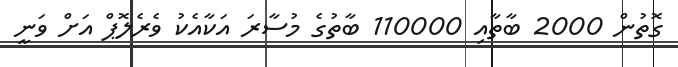
ގޮތުން 2000 ބާތާއި 110000 ބާތުގެ މުސާރަ އަކާއެކު ވެރެލޮޕް އަށް ވަނީ